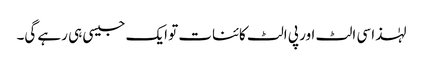
لہٰذا سی الٹ اور پی الٹ کائنات تو ایک جیسی ہی رہے گی۔